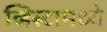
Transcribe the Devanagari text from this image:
व्हिस्टामध्ये